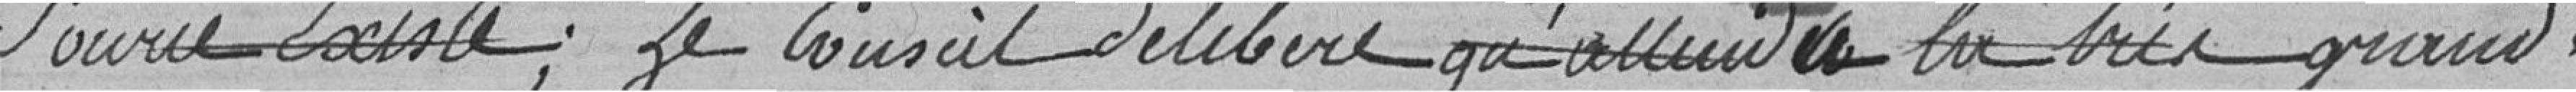
Source existe ; le Conseil délibère qu'allant de la très grande